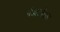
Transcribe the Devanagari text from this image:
नैऋत्येसस